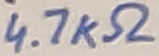
Text: 4.7KΩ